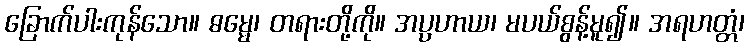
ခြောက်ပါးကုန်သော။ ဓမ္မေ၊ တရားတို့ကို။ အပ္ပဟာယ၊ မပယ်စွန့်မူ၍။ အရဟတ္တံ၊